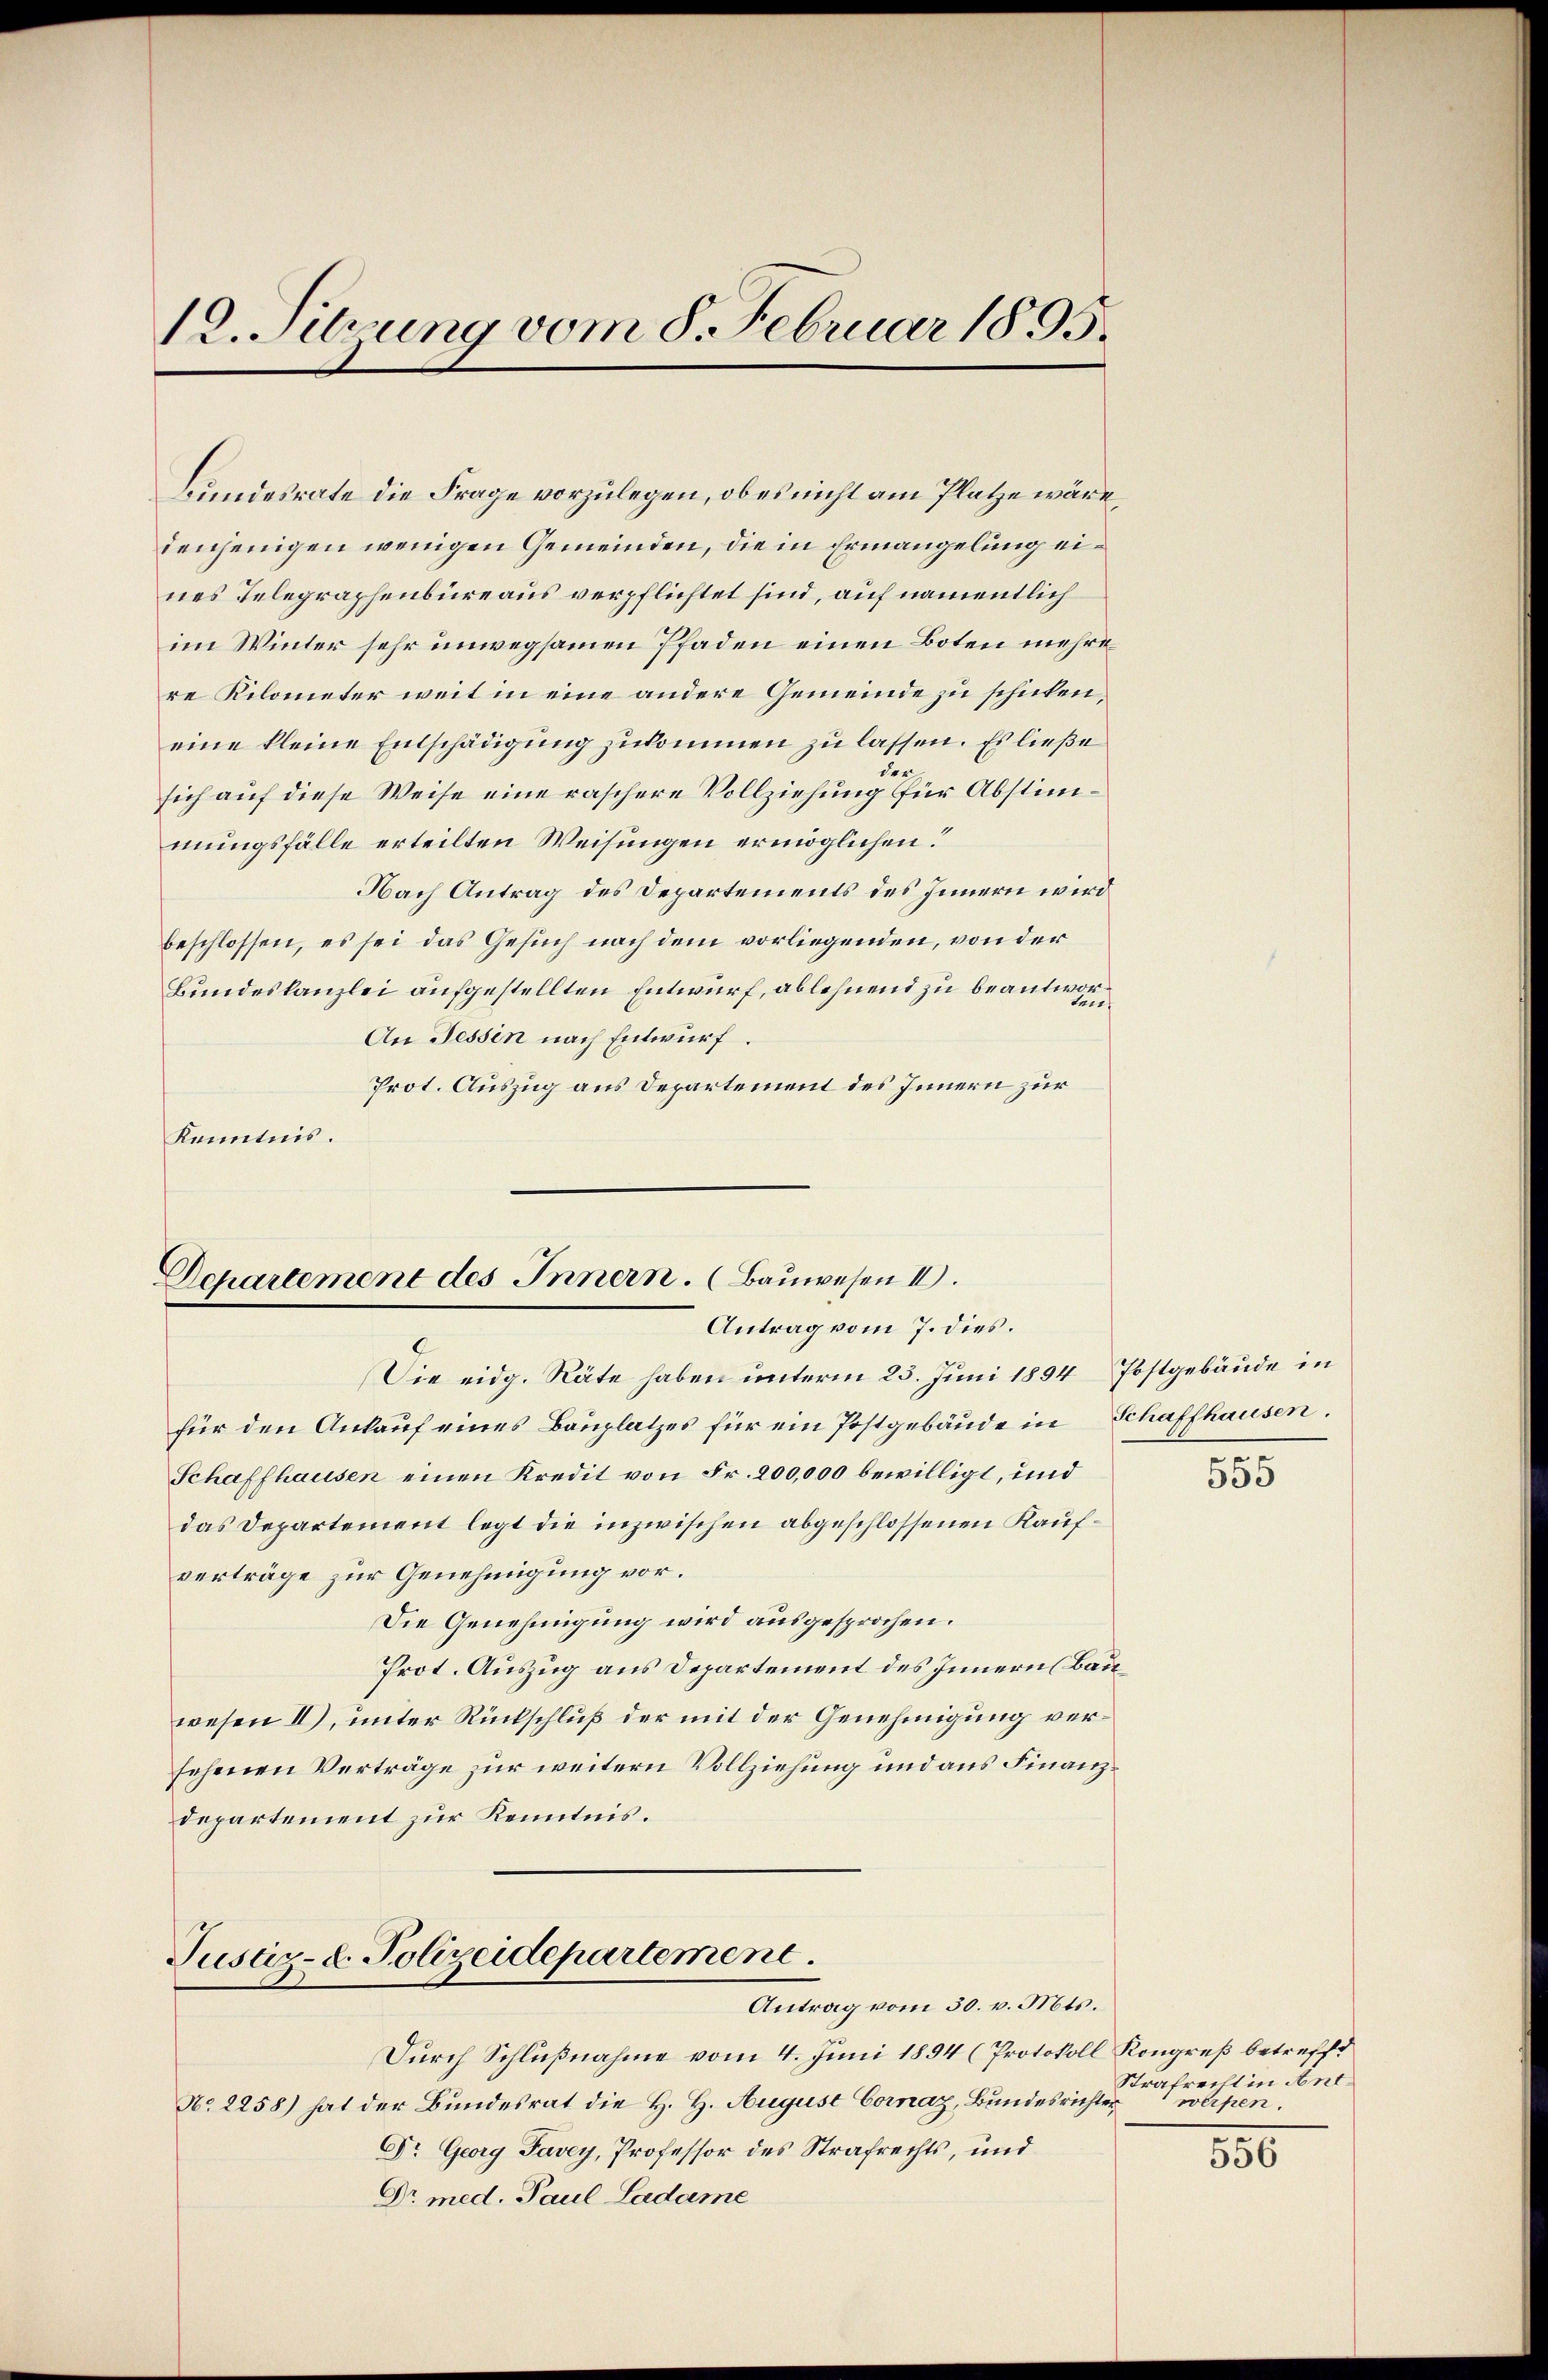
12. Sitzung vom 8. Februar 1895.

Bundesrate die Frage vorzulegen, ob es nicht am Platze wäre
denjenigen wenigen Gemeinden, die in Ermangelung eines Telegraphenbüreaus verpflichtet sind, auf namentlich
im Winter sehr unwegsamen Pfaden einen Boten mehre
re Kilometer weit in eine andere Gemeinde zu schicken,
eine kleine Entschädigung zukommen zu lassen. Es ließe
sich auf diese Weise eine raschere Vollziehung für Abstimmungsfälle erteilten Weisungen ermöglichen?
Nach Antrag des Departements des Innern wird
beschlossen, es sei das Gesuch nach dem vorliegenden, von der
Bundeskanzlei aufgestellten Entwurf, ablehnend zu beantwor¬
An Tessin nach Entwurf.
Prot. Auszug aus Departement des Innern zur
kenntnis.

Dchartement des Innern. (Bauwesen II.
Antrag vom 7. dies.

Justiz-C. Polizeidepartement.
Antrag vom 30. v. Mts.

Durch Schlußnahme vom 4. Juni 1894 (Protokoll Kongreß betreffe
No 2258) hat der Bundesrat die H. H. August Cornaz, Bundesrichter
Dr. Georg Favey, Professor des Strafrechts, und
Dr med. Paul Ladame

Die eidg. Räte haben unterm 23. Juni 1894 Postgebäude in
für den Ankauf eines Bauplatzes für ein Postgebäude in Schaffhausen.
Schaffhausen einen Kredit von Fr. 200,000 bewilligt, und
das Departement legt die inzwischen abgeschlossenen Kaufverträge zur Genehmigung vor.
Die Genehmigung wird ausgesprochen.
Prot. Auszug aus Departement des Innern Bauwesen II), unter Rückschluß der mit der Genehmigung versehenen Verträge zur weitern Vollziehung und aus Finanzdepartement zur Kenntnis.

n

550

Strafrecht in Antwerpen.

550